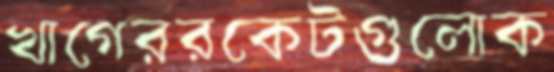
খাগেররকেটগুলোক